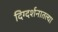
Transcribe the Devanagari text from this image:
दिग्दर्शनातल्या